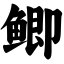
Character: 鲫